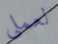
لعملي